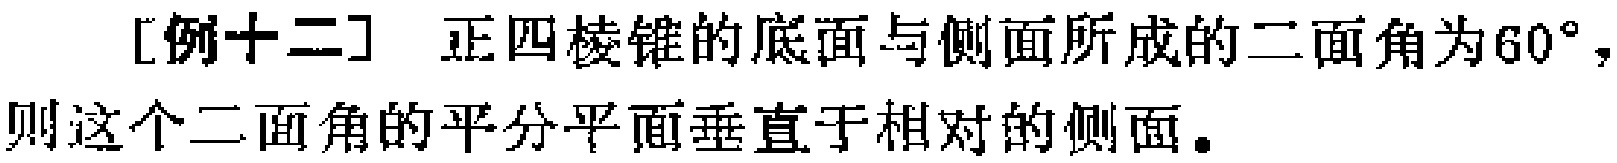
[例十二] 正四棱锥的底面与侧面所成的二面角为\(60^{\circ}\)，则这个二面角的平分平面垂直于相对的侧面。